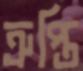
ত্রুপ্তি